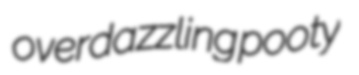
overdazzling pooty